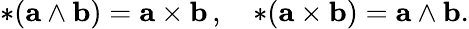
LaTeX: {*(\mathbf{a}\wedge\mathbf{b})}=\mathbf{a\times b}\, ,\quad{*(\mathbf{a\times b})}=\mathbf{a}\wedge\mathbf{b}.